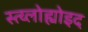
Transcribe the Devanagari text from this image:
स्त्य्लोह्योइद